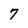
Character: 7